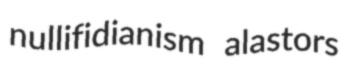
nullifidianism alastors